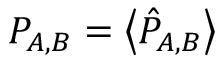
P _ { A , B } = \left\langle \hat { P } _ { A , B } \right\rangle